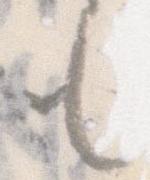
も